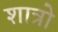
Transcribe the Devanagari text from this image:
शात्रो